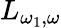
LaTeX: L_{\omega_{1},\omega}